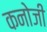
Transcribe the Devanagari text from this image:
कनोजी